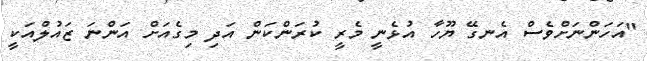
"އަހަންނަށްވެސް އެނގޭ ޔޫހާ އުޅެނީ މެރީ ކުރަންކަން އަދި މިގެއަށް އަންނަ ޒައުލްއަކީ